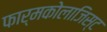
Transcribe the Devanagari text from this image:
फार्मकोलाजिस्ट